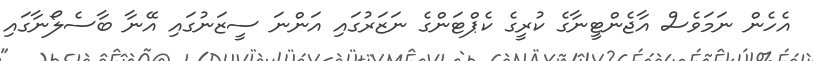
އެހެން ނަމަވެސް އާޖެންޓީނާގެ ކުރީގެ ކެޕްޓަންގެ ނަޒަރުގައި އަންނަ ސީޒަނުގައި އޭނާ ބާސެލޯނާގައި